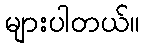
များပါတယ်။